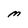
Character: M